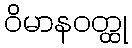
ဝိမာနဝတ္ထု